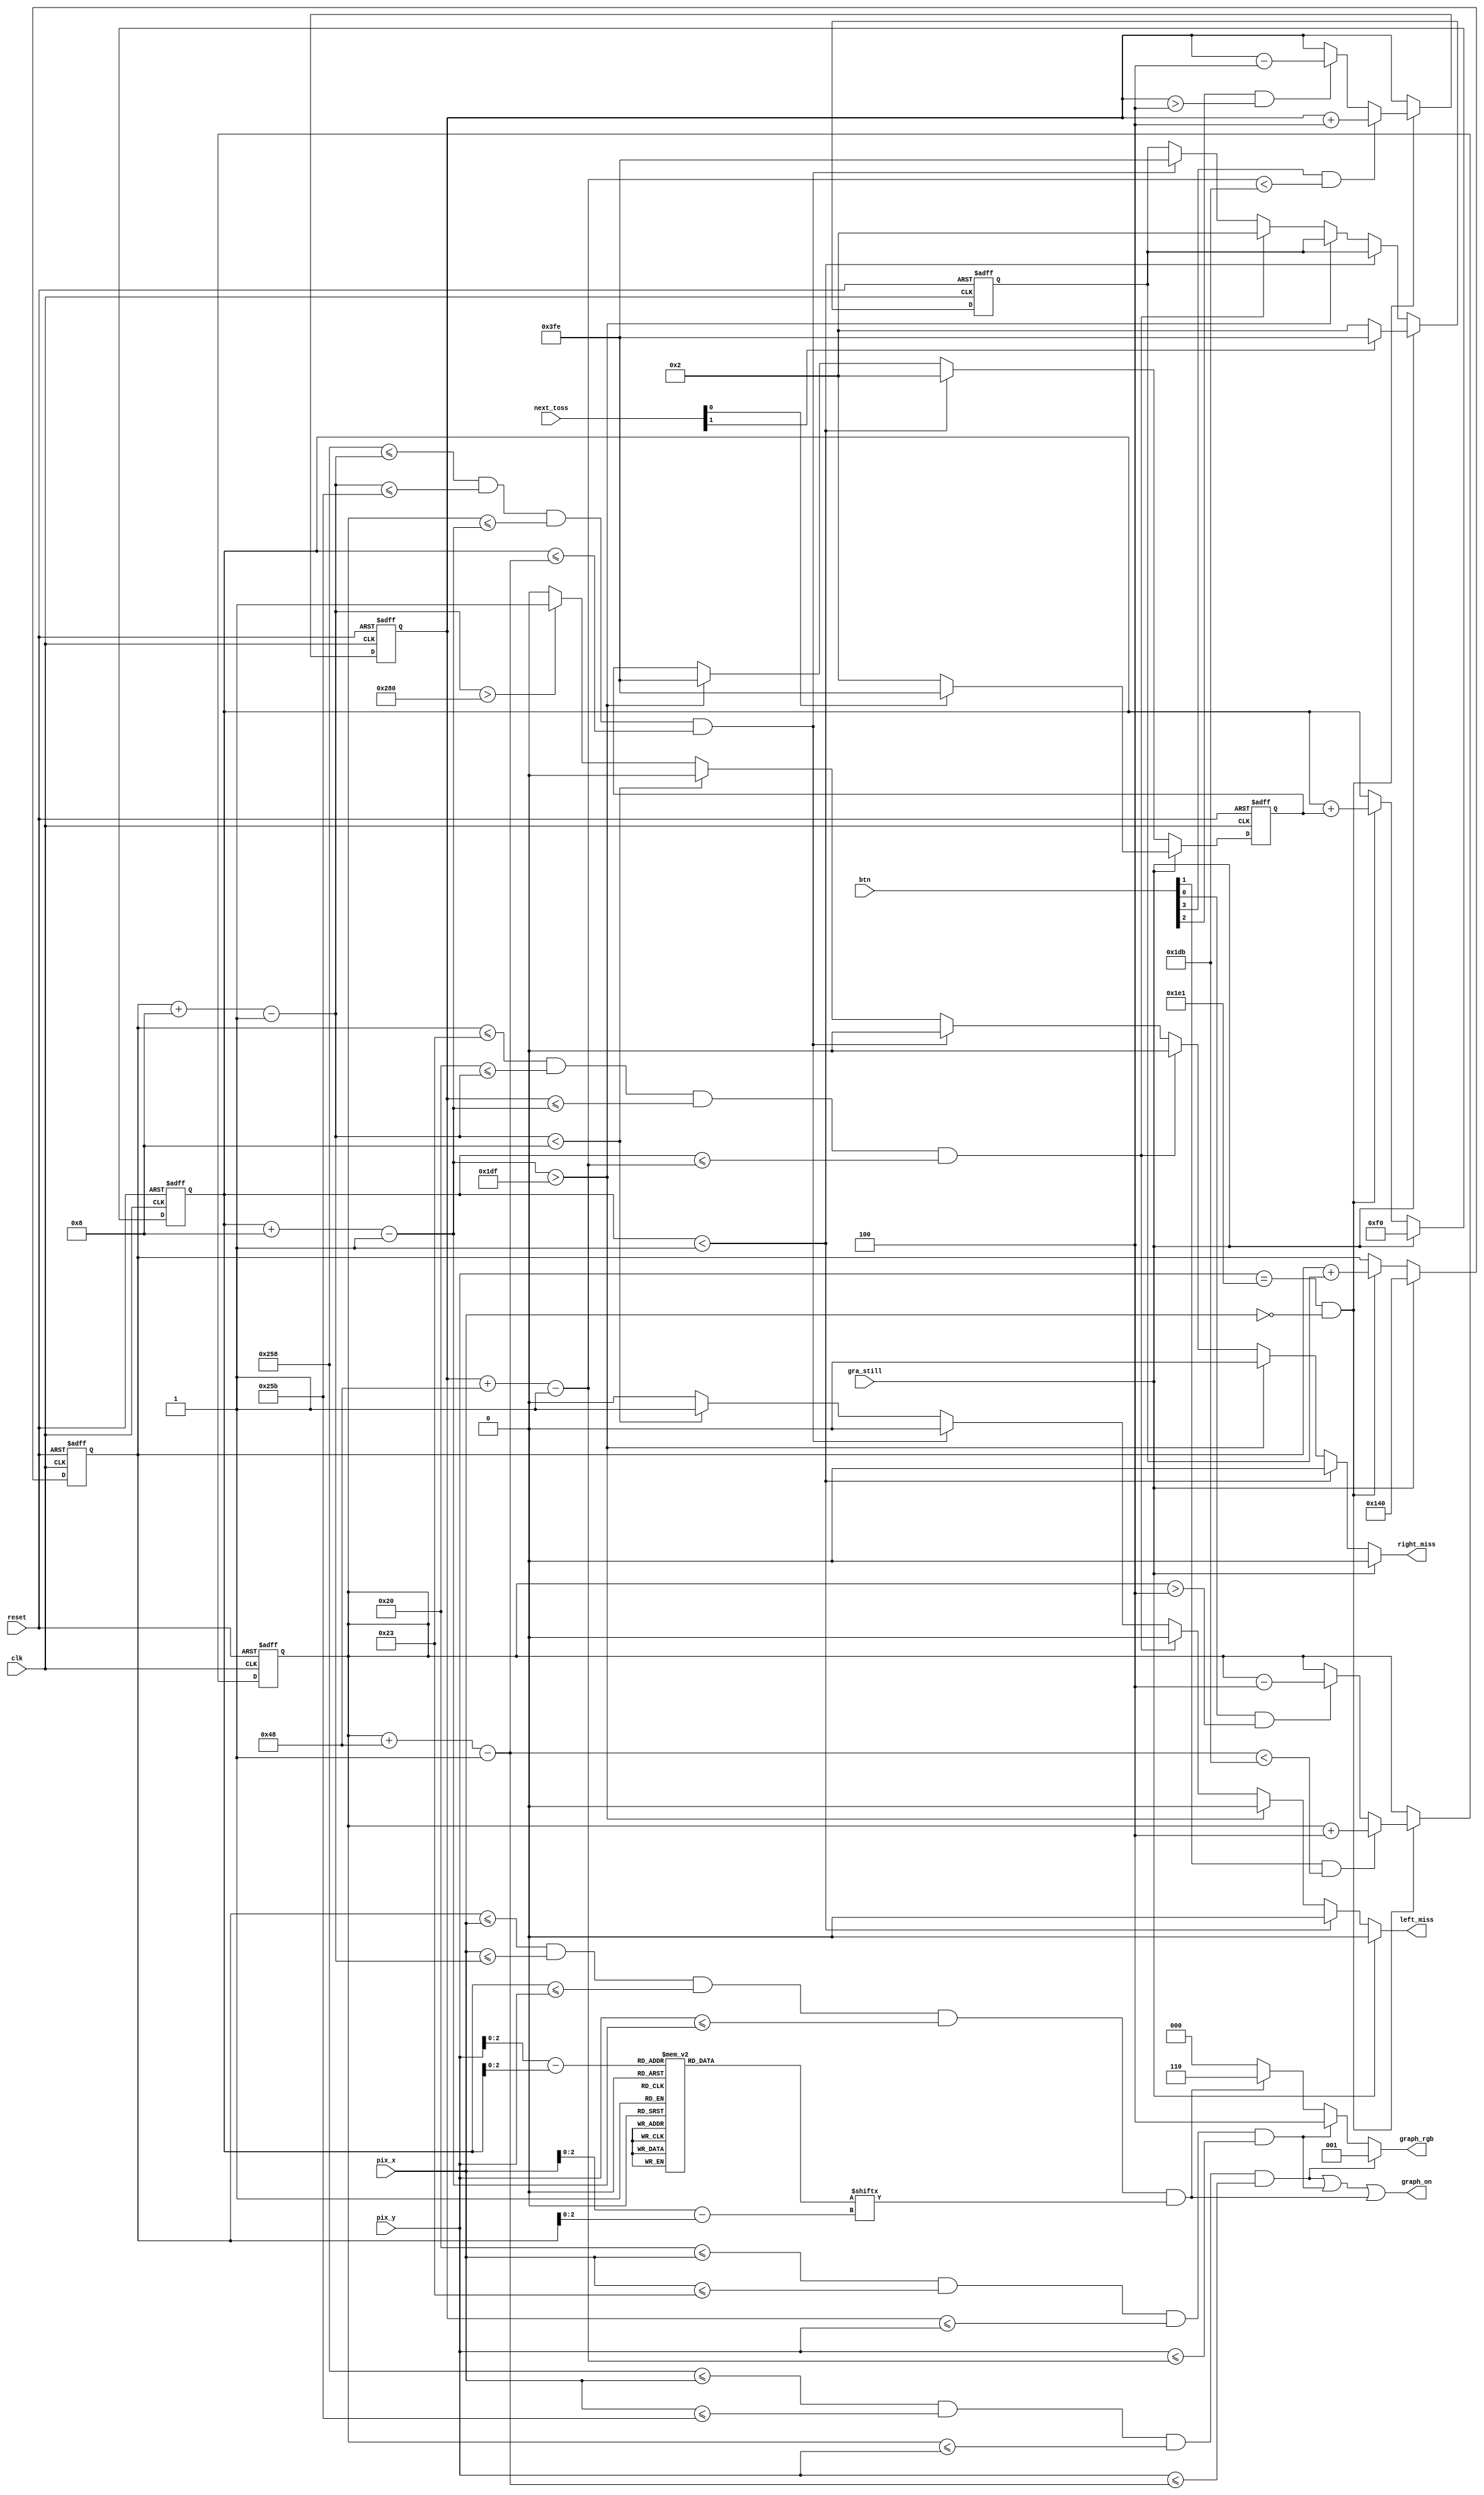
`timescale 1ns / 1ps
//////////////////////////////////////////////////////////////////////////////////
// Company: 
// Engineer: 
// 
// Design Name: 
// Module Name:    pong_graph_animate 
// Project Name: 
// Target Devices: 
// Tool versions: 
// Description: 
//
// Dependencies: 
//
// Revision: 
// Revision 0.01 - File Created
// Additional Comments: 
//
//////////////////////////////////////////////////////////////////////////////////
module pong_graph_animate
   (
    input wire clk, reset,
    input wire [3:0] btn,
    input wire [9:0] pix_x, pix_y,
	 input wire gra_still,
	 output reg left_miss, right_miss,
	 input wire [1:0] next_toss,
	 output wire graph_on,
    output reg [2:0] graph_rgb
   );

   // constant and signal declaration
   // x, y coordinates (0,0) to (639,479)
   localparam MAX_X = 640;
   localparam MAX_Y = 480;
	localparam MIN_BALL_RIGHT = 8;
   wire refr_tick;
   //--------------------------------------------
   // vertical stripe as a wall
   //--------------------------------------------
   // wall left, right boundary
	//localparam WALL_X_L = 32;
   //localparam WALL_X_R = 35;
   //--------------------------------------------
   // right vertical bar
   //--------------------------------------------
   // bar left, right boundary
   localparam BAR_X_L = 600;
   localparam BAR_X_R = 603;
   // bar top, bottom boundary
   wire [9:0] bar_y_t, bar_y_b;
   localparam BAR_Y_SIZE = 72;
   // register to track top boundary  (x position is fixed)
   reg [9:0] bar_y_reg, bar_y_next;
   // bar moving velocity when a button is pressed
   localparam BAR_V = 4;
	//--------------------------------------------
	// left vertical bar
	//--------------------------------------------
	localparam BAR2_X_L = 32;
	localparam BAR2_X_R = 35;
	wire [9:0] bar2_y_t, bar2_y_b;
	localparam BAR2_Y_SIZE = 72;
	reg [9:0] bar2_y_reg, bar2_y_next;
	//localparam BAR2_V = 4;
   //--------------------------------------------
   // square ball
   //--------------------------------------------
   localparam BALL_SIZE = 8;
   // ball left, right boundary
   wire [9:0] ball_x_l, ball_x_r;
   // ball top, bottom boundary
   wire [9:0] ball_y_t, ball_y_b;
   // reg to track left, top position
   reg [9:0] ball_x_reg, ball_y_reg;
   wire [9:0] ball_x_next, ball_y_next;
   // reg to track ball speed
   reg [9:0] x_delta_reg, x_delta_next;
   reg [9:0] y_delta_reg, y_delta_next;
   // ball velocity can be pos or neg)
   localparam BALL_V_P = 2;
   localparam BALL_V_N = -2;
   //--------------------------------------------
   // round ball
   //--------------------------------------------
   wire [2:0] rom_addr, rom_col;
   reg [7:0] rom_data;
   wire rom_bit;
   //--------------------------------------------
   // object output signals
   //--------------------------------------------
   wire bar_on, bar2_on, sq_ball_on, rd_ball_on;
   wire [2:0] bar_rgb, bar2_rgb, ball_rgb;

   // body
   //--------------------------------------------
   // round ball image ROM
   //--------------------------------------------
   always @*
   case (rom_addr)
      3'h0: rom_data = 8'b00111100; //   ****
      3'h1: rom_data = 8'b01111110; //  ******
      3'h2: rom_data = 8'b11111111; // ********
      3'h3: rom_data = 8'b11111111; // ********
      3'h4: rom_data = 8'b11111111; // ********
      3'h5: rom_data = 8'b11111111; // ********
      3'h6: rom_data = 8'b01111110; //  ******
      3'h7: rom_data = 8'b00111100; //   ****
   endcase

   // registers
   always @(posedge clk, posedge reset)
      if (reset)
         begin
            bar_y_reg <= 0;
				bar2_y_reg <= 0;
            ball_x_reg <= 0;
            ball_y_reg <= 0;
            x_delta_reg <= 10'h004;
            y_delta_reg <= 10'h004;
         end
      else
         begin
            bar_y_reg <= bar_y_next;
				bar2_y_reg <= bar2_y_next;
            ball_x_reg <= ball_x_next;
            ball_y_reg <= ball_y_next;
            x_delta_reg <= x_delta_next;
            y_delta_reg <= y_delta_next;
         end

   // refr_tick: 1-clock tick asserted at start of v-sync
   //            i.e., when the screen is refreshed (60 Hz)
   assign refr_tick = (pix_y==481) && (pix_x==0);

   //--------------------------------------------
   // (wall) left vertical strip
   //--------------------------------------------
   // pixel within wall
   //assign wall_on = (WALL_X_L<=pix_x) && (pix_x<=WALL_X_R);
   // wall rgb output
   //assign wall_rgb = 3'b001; // blue
   //--------------------------------------------
   // right vertical bar
   //--------------------------------------------
   // boundary
   assign bar_y_t = bar_y_reg;
   assign bar_y_b = bar_y_t + BAR_Y_SIZE - 1;
   assign bar2_y_t = bar2_y_reg;
   assign bar2_y_b = bar2_y_t + BAR2_Y_SIZE - 1;
   // pixel within bar
   assign bar_on = (BAR_X_L<=pix_x) && (pix_x<=BAR_X_R) &&
                   (bar_y_t<=pix_y) && (pix_y<=bar_y_b);
   assign bar2_on = (BAR2_X_L<=pix_x) && (pix_x<=BAR2_X_R) &&
                   (bar2_y_t<=pix_y) && (pix_y<=bar2_y_b);
   // bar rgb output
   assign bar_rgb = 3'b001; // blue on right
	assign bar2_rgb = 3'b100; // red on left
   // new bar y-position
   always @*
   begin
      bar_y_next = bar_y_reg; // no move
      bar2_y_next = bar2_y_reg; // no move
      if (refr_tick)
			begin
         if (btn[1] & (bar_y_b < (MAX_Y-1-BAR_V)))
            bar_y_next = bar_y_reg + BAR_V; // move down
         else if (btn[0] & (bar_y_t > BAR_V))
            bar_y_next = bar_y_reg - BAR_V; // move up
			//bar 2
         if (btn[3] & (bar2_y_b < (MAX_Y-1-BAR_V)))
            bar2_y_next = bar2_y_reg + BAR_V; // move down
         else if (btn[2] & (bar2_y_t > BAR_V))
            bar2_y_next = bar2_y_reg - BAR_V; // move up
			end
   end

   //--------------------------------------------
   // square ball
   //--------------------------------------------
   // boundary
   assign ball_x_l = ball_x_reg;
   assign ball_y_t = ball_y_reg;
   assign ball_x_r = ball_x_l + BALL_SIZE - 1;
   assign ball_y_b = ball_y_t + BALL_SIZE - 1;
   // pixel within ball
   assign sq_ball_on =
            (ball_x_l<=pix_x) && (pix_x<=ball_x_r) &&
            (ball_y_t<=pix_y) && (pix_y<=ball_y_b);
   // map current pixel location to ROM addr/col
   assign rom_addr = pix_y[2:0] - ball_y_t[2:0];
   assign rom_col = pix_x[2:0] - ball_x_l[2:0];
   assign rom_bit = rom_data[rom_col];
   // pixel within ball
   assign rd_ball_on = sq_ball_on & rom_bit;
   // ball rgb output
   assign ball_rgb = 3'b110;   // red
   // new ball position
   assign ball_x_next = (gra_still) ? MAX_X/2 :
								(refr_tick) ? ball_x_reg+x_delta_reg :
                        ball_x_reg ;
   assign ball_y_next = (gra_still) ? MAX_Y/2 :
								(refr_tick) ? ball_y_reg+y_delta_reg :
                        ball_y_reg ;
   // new ball velocity
   always @*
   begin
		left_miss = 1'b0;
		right_miss = 1'b0;
      x_delta_next = x_delta_reg;
      y_delta_next = y_delta_reg;
		if (gra_still)
			begin
				if (next_toss[1])
					x_delta_next = BALL_V_N;
				else
					x_delta_next = BALL_V_P;
				if (next_toss[0])
					y_delta_next = BALL_V_N;
				else
					y_delta_next = BALL_V_P;
			end
      else if (ball_y_t < 1) // reach top
         y_delta_next = BALL_V_P;
      else if (ball_y_b > (MAX_Y-1)) // reach bottom
         y_delta_next = BALL_V_N;
      //else if (ball_x_l <= WALL_X_R) // reach wall
      //   x_delta_next = BALL_V_P;    // bounce back
		else if ((ball_x_l<=BAR2_X_R) && (BAR2_X_L<=ball_x_r) &&
					(bar2_y_t<=ball_y_b) && (ball_y_t<=bar2_y_b))
			x_delta_next = BALL_V_P;
      else if ((BAR_X_L<=ball_x_r) && (ball_x_r<=BAR_X_R) &&
               (bar_y_t<=ball_y_b) && (ball_y_t<=bar_y_b))
         // reach x of right bar and hit, ball bounce back
         x_delta_next = BALL_V_N;
		else if (ball_x_r < MIN_BALL_RIGHT)
			left_miss = 1'b1;
		else if (ball_x_r > MAX_X)
			right_miss = 1'b1;
   end
   //--------------------------------------------
   // rgb multiplexing circuit
   //--------------------------------------------
   always @*
		if (bar_on)
			graph_rgb = bar_rgb;
		else if (bar2_on)
			graph_rgb = bar2_rgb;
		else if (rd_ball_on)
			graph_rgb = ball_rgb;
		else
			graph_rgb = 3'b000; // yellow background
	assign graph_on = bar_on | bar2_on | rd_ball_on;
 
endmodule